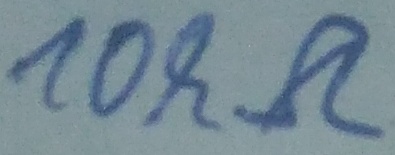
Text: 10kΩ